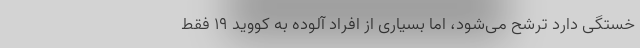
خستگی دارد ترشح می‌شود، اما بسیاری از افراد آلوده به کووید ۱۹ فقط